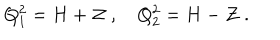
Q _ { 1 } ^ { 2 } = H + { \cal Z } \; , \quad Q _ { 2 } ^ { 2 } = H - { \cal Z } \; .